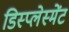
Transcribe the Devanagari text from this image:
डिस्प्लेस्मेंट